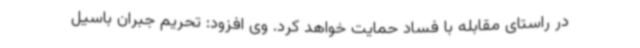
در راستای مقابله با فساد حمایت خواهد کرد. وی افزود: تحریم جبران باسیل